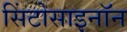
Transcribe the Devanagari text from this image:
सिंटोसाइनॉन